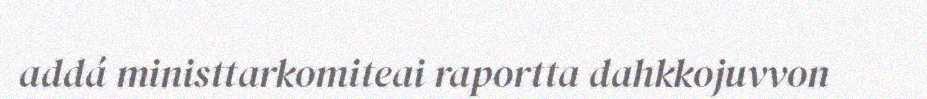
addá ministtarkomiteai raportta dahkkojuvvon